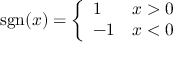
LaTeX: \mathrm { s g n } ( x ) = \left\{ \begin{array} { l l } { { 1 \ } } & { { x > 0 } } \\ { { - 1 } } & { { x < 0 } } \end{array} \right.